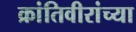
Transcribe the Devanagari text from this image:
क्रांतिवीरांच्या